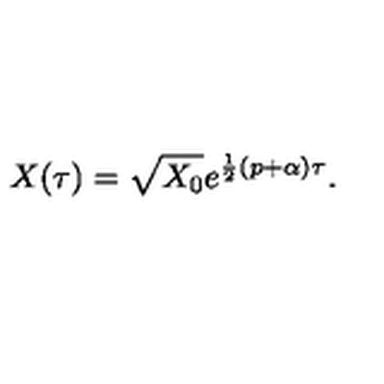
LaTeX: X ( \tau ) = \sqrt { X _ { 0 } } e ^ { \frac 1 2 \left( p + \alpha \right) \tau } .